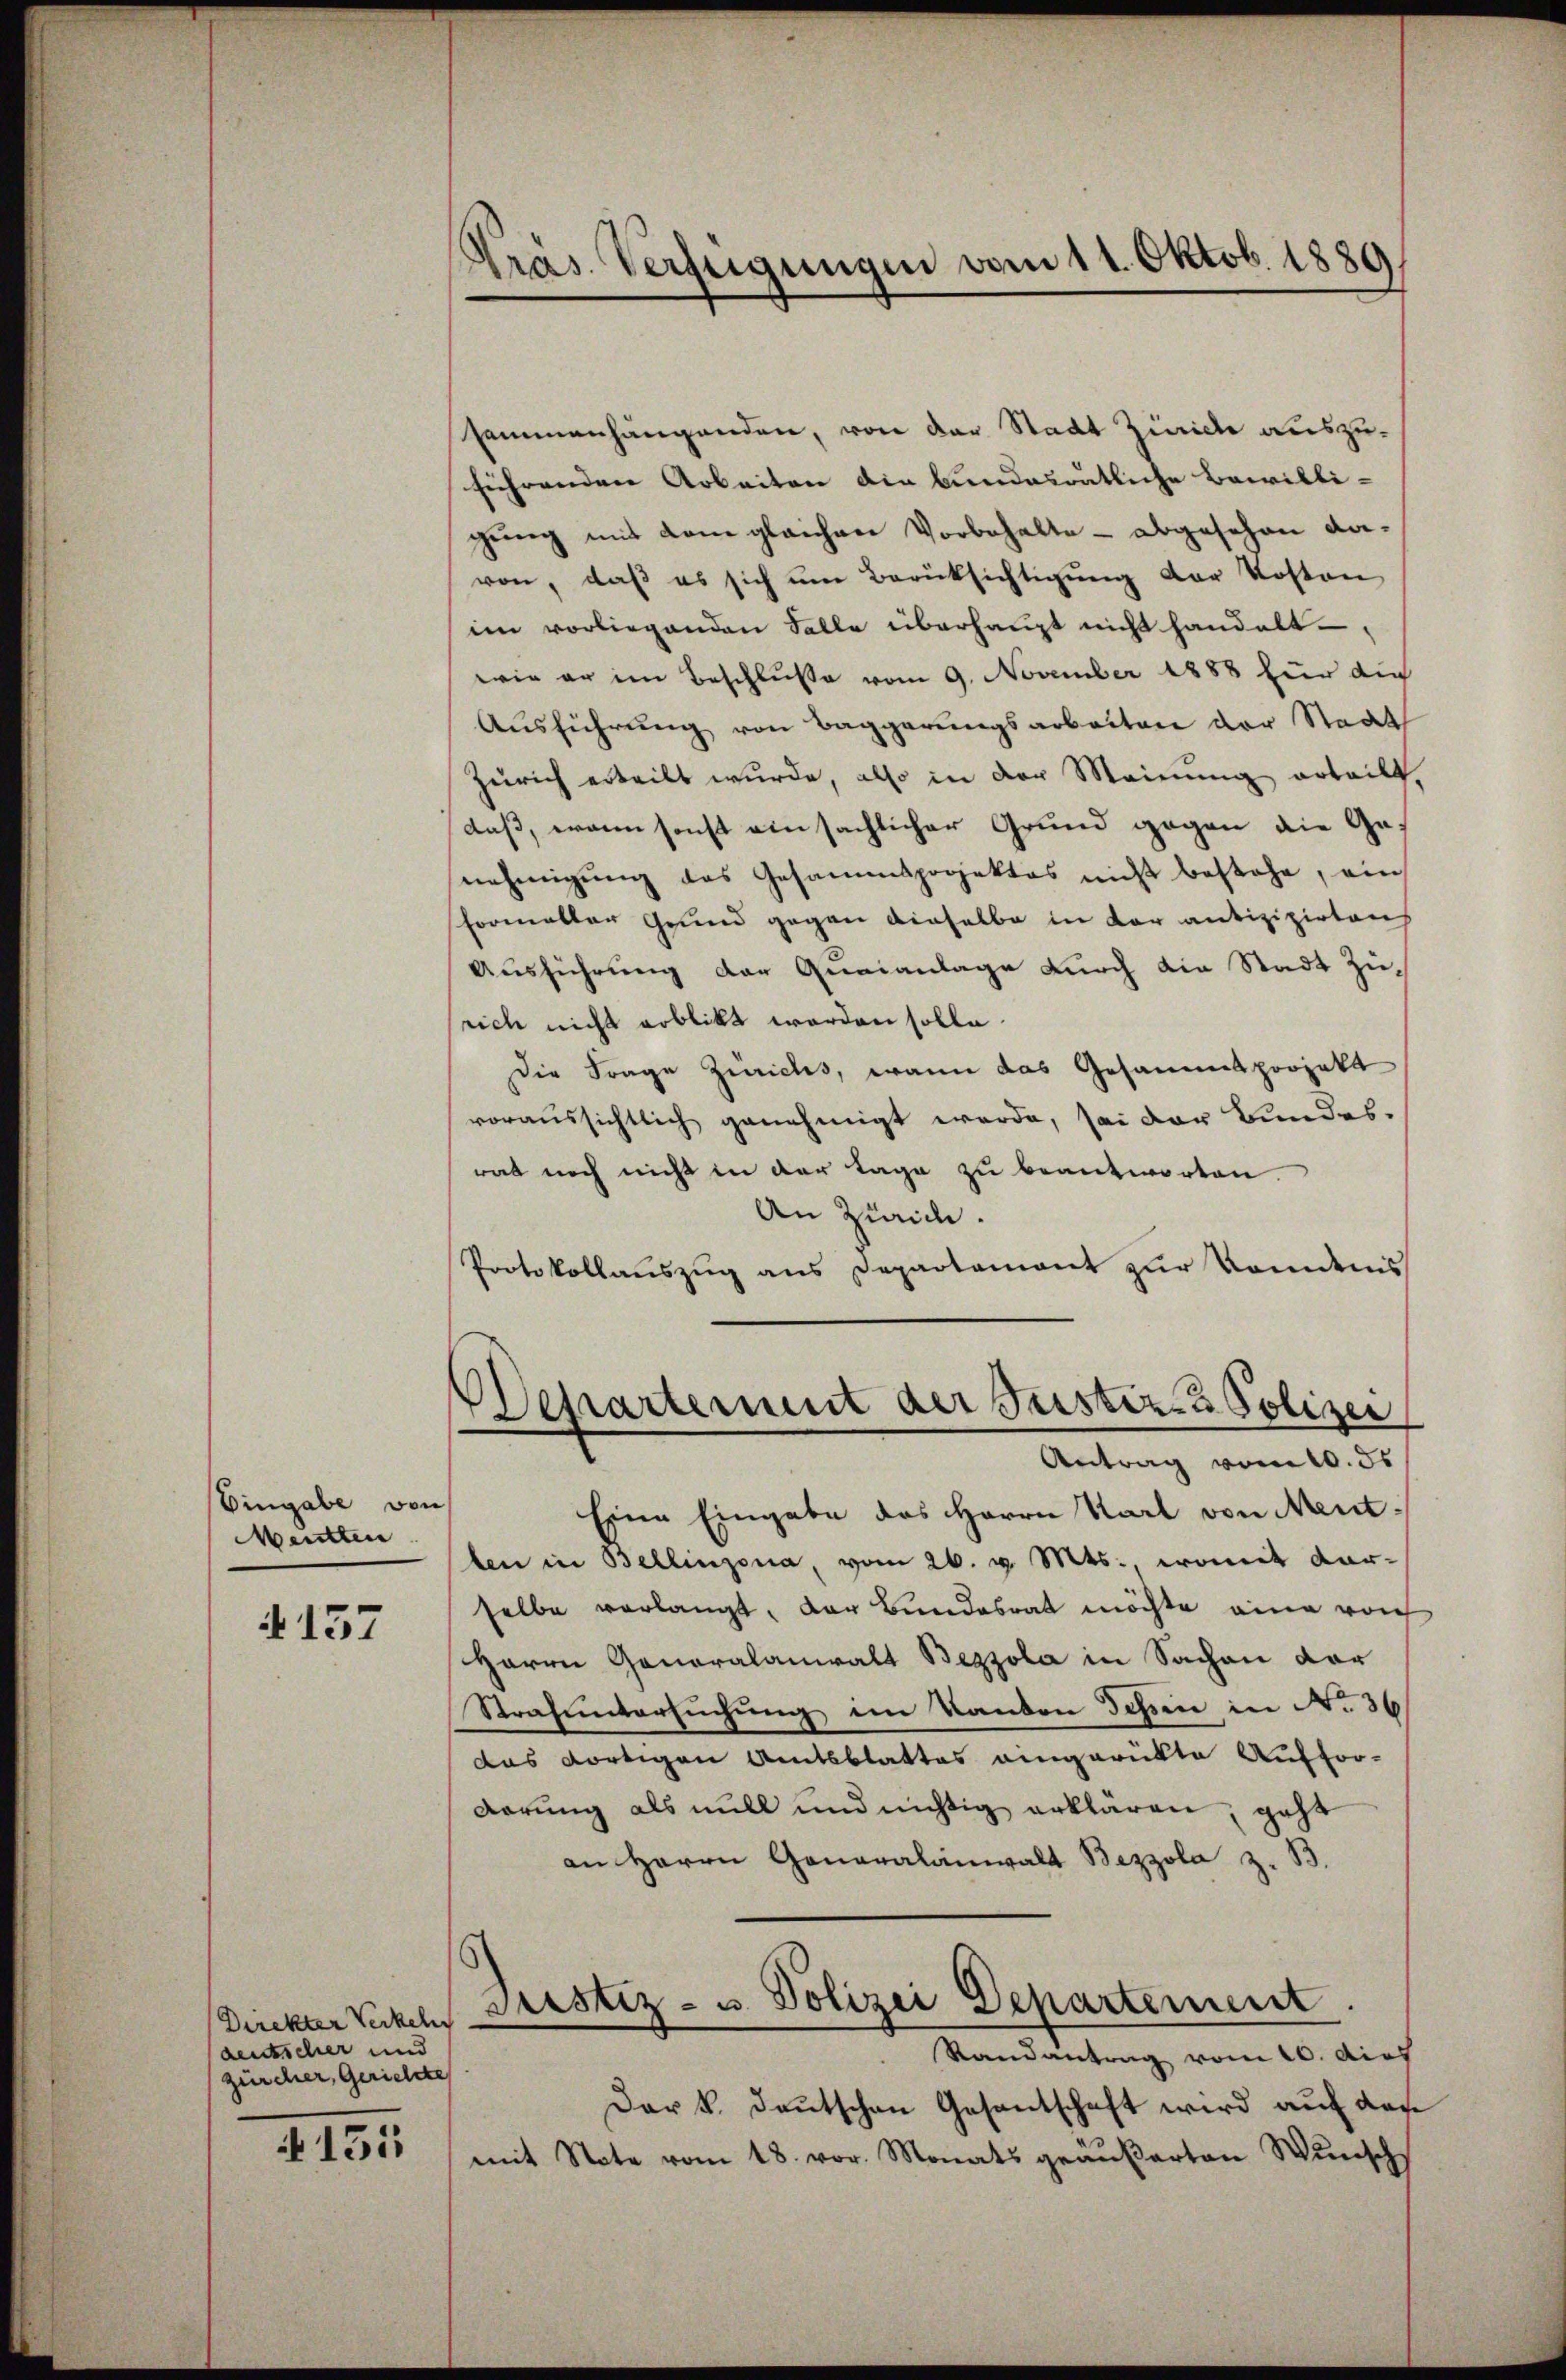
Eingabe von
Meutten

A 157

Direkter Verkeln
deutscher und
zürcher, Gerichtte

N 151

Präs. Verfügungen vom 11. Oktob. 1889

sammenhängenden, von der Stadt Zürich auszusihrenden Arbeiten die bundesrätliche Bewilli-
gung mit dem gleichen Vorbehalte - abgesehen davon, daß es sich ŭm Berüksichtigŭng der Kosten
im vorliegenden Falle überhaupt nicht handelt
wie er im Beschluße vom 9. November 1888 für die
Ausführung von Baggerungsarbeiten der Staat
Zürich erteilt wurde, also in der Meinung erteilt,
daß, wann sonst einsächlicher Grund gegen die Genehmigŭng des Gesammsprojektes nicht bestehe, ein
formalter Grund gegen dieselbe in der antizipierten
Ausführung der Quaianlage durch die Stadt zu,
rich nicht erblickt worden solle.
Die Frage Zürichs, wann das Gesammtprojekt
voraussichtlich genehmigt werde, sei der Bundes-
rat noch nicht in der Lage zu beantworten.
An Zürich.
Protokollaŭszŭg ans Departement zŭr konntnis
Departement der Justiz- & Polizei
Antrag vom 10. ds
Eine Eingabe des Herrn Karl von Mentlen in Bellinzona, vom 26. v. Mts. womit darselbe verlangt, der Bundesrat möchte eine roch
HHerrn Generalanwalt Bezzola in Sachen dar
Strafuntersuchung im Kanton Tessin in No 36
das dortigen Amtsblattes angerükte Aufforderung als mill und nichtig erklären, geht
an Herrn Generalanwalt Bezzola z. B.
Justiz- u. Polizei Departement.
Randantrag vom 10. dies
Dar k. Deutschen Gesantschaft wird auf das
mit Note vom 18. vor. Monats geäußerten Wŭnsch